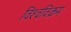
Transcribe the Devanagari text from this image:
विश्‍वविक्रम